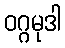
ဝဂ္ဂမုဒါ